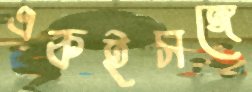
একইসঙ্গে